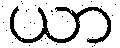
ယာ